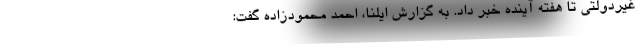
غیردولتی تا هفته آینده خبر داد. به گزارش ایلنا، احمد محمودزاده گفت: